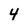
Character: 4